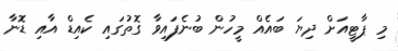
މި ޕާޓީއަށް ދިޔަ ބައެއް މީހުން ބުނެފައިވާ ގޮތުގައި ކެއިޑް އާއި ޑޮނާ